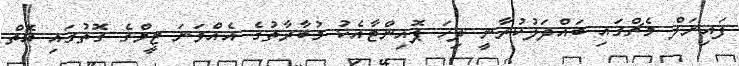
ފައިނަލް މެޗްގައި ބައްދަލުކުރާނީ ދިހަ ޕޮއިންޓާއެކު މުބާރާތުގެ އެއްވަނަ ޓީމްގެ ގޮތުގައި އޮތް